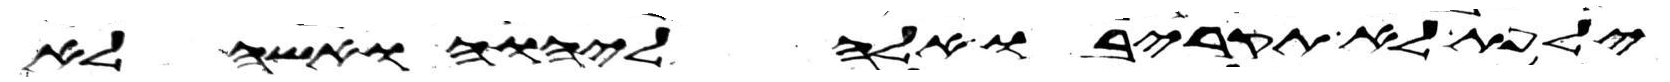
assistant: ילפת לא תקריבו אלה ליהוה ואשה לא